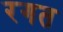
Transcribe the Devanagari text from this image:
रगत